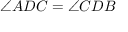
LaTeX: \angle A D C = \angle C D B